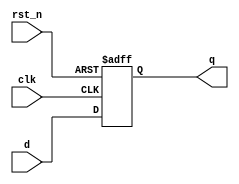
module flip_flop (
    input wire clk,        // Clock input
    input wire rst_n,     // Active low reset
    input wire d,         // Data input
    output reg q          // Data output
);

    // Always block sensitive to the rising edge of the clock and the active low reset
    always @(posedge clk or negedge rst_n) begin
        if (!rst_n) begin
            // Reset logic: if reset is active, set q to 0
            q <= 1'b0;    // Non-blocking assignment for sequential logic
        end else begin
            // On clock edge, update q with the value of d
            q <= d;       // Non-blocking assignment for sequential logic
        end
    end

endmodule